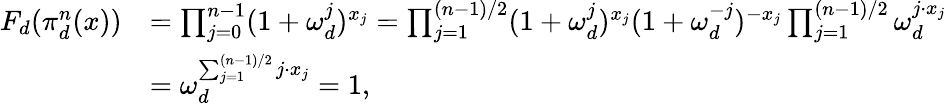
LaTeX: \begin{array}{rl}{F_{d}(\pi_{d}^{n}(x))}&{=\prod_{j=0}^{n-1}(1+\omega_{d}^{j})^{x_{j}}=\prod_{j=1}^{(n-1)/2}(1+\omega_{d}^{j})^{x_{j}}(1+\omega_{d}^{-j})^{-x_{j}}\prod_{j=1}^{(n-1)/2}\omega_{d}^{j\cdot x_{j}}}\\ &{=\omega_{d}^{\sum_{j=1}^{(n-1)/2}j\cdot x_{j}}=1,}\end{array}